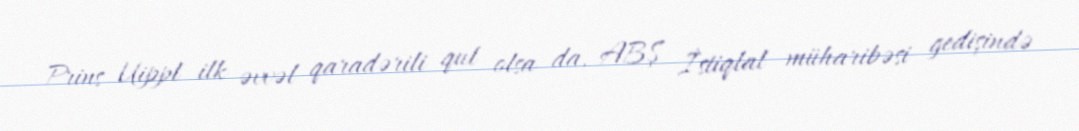
Prins Uippl ilk əvvəl qaradərili qul olsa da, ABŞ İstiqlal müharibəsi gedişində